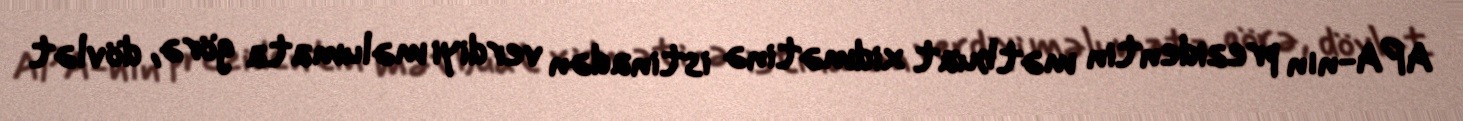
APA-nın prezidentin mətbuat xidmətinə istinadən verdiyi məlumata görə, dövlət